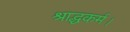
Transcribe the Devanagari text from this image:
श्राद्धकर्म।